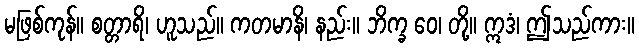
မဖြစ်ကုန်။ စတ္တာရိ၊ ဟူသည်။ ကတမာနိ၊ နည်း။ ဘိက္ခ ဝေ၊ တို့။ ဣဒံ၊ ဤသည်ကား။